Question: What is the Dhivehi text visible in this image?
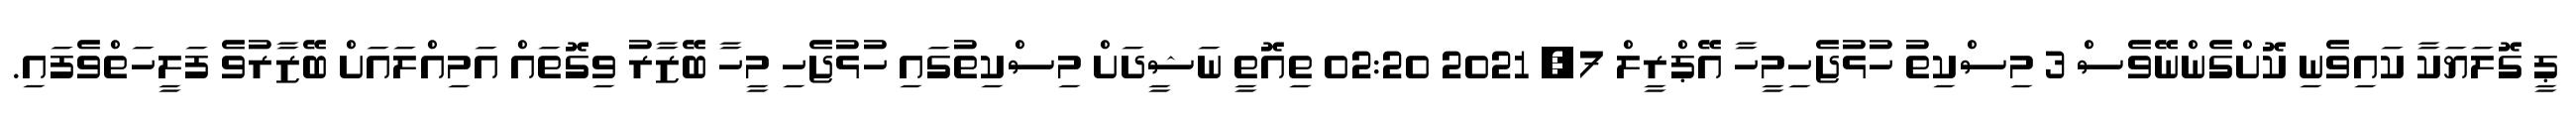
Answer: ޕީ ގޮލަޔަކާ ކައިވެނި ކޮށްގެންނޭވެސް 3 މިސްކިތު ހުޅުޖެހިމީހާ އޭޕްރީލް 7, 2021 02:20 ތިއޮތީ ނަޝީދަށް މިސްކިތުގައި ހުޅުޖެހި މީހާ ބޭޒާރު ވިގޮތައް އަމިއްލައަށް ބޭޒާރުވެ ފަލީހަތްވެފައި.